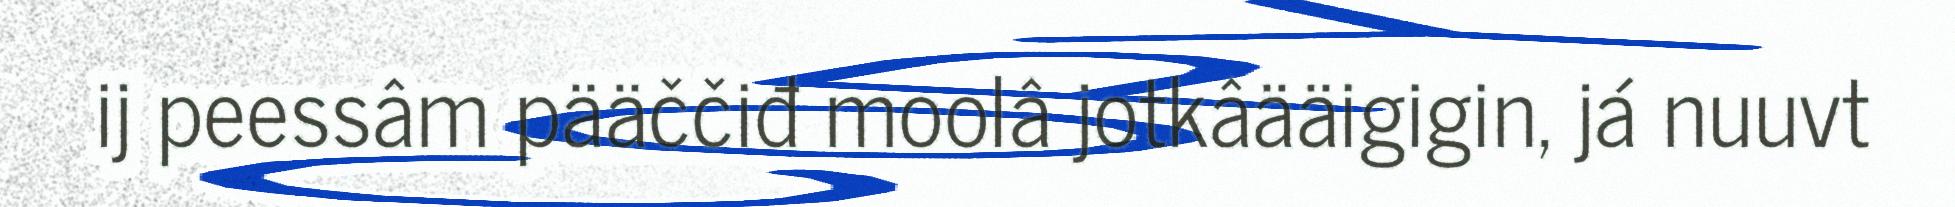
ij peessâm pääččiđ moolâ jotkâääigigin, já nuuvt